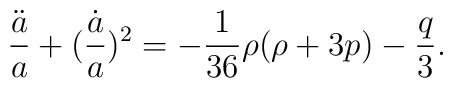
\frac{\ddot a}{a}+(\frac{\dot a}{a})^2=-\frac{1}{36}\rho (\rho+3p) -\frac{q}{3}.